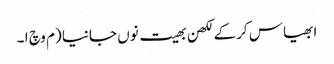
ابھیاس کرکے لکھن بھیت نوں جانیا (م وچ ا ۔